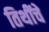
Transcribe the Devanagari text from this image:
तिथींचे